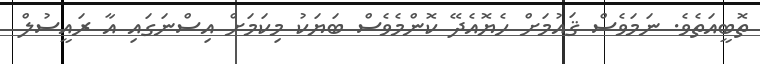
ތޮބީއަތެވެ. ނަމަވެސް ޤައުމަށް ހެޔޮއެދޭ ކޮންމެވެސް ބަޔަކު މިކަމަށް އިސްނަގައި އާ ރައީސުލް